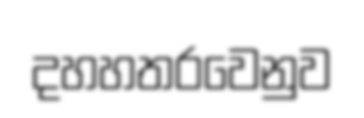
දහහතරවෙනුව